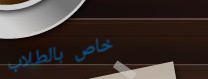
خاص بالطلاب